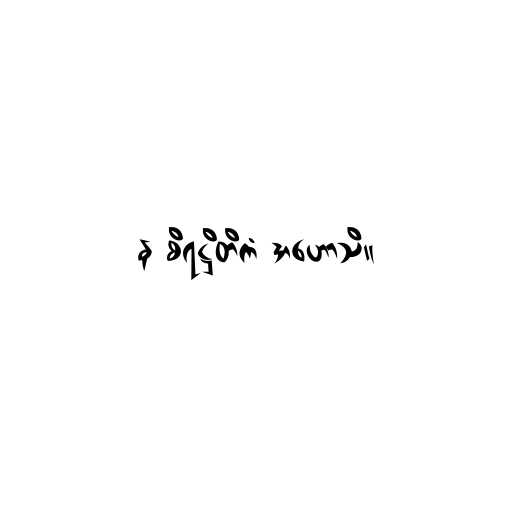
န စိရဋ္ဌိတိကံ အဟောသိ။